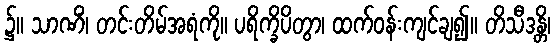
၌။ သာဏိံ၊ တင်းတိမ်အရံကို။ ပရိက္ခိပိတွာ၊ ထက်ဝန်းကျင်ချ၍။ တိသီဒန္တိ၊